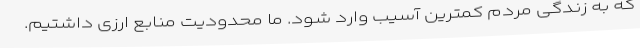
که به زندگی مردم کمترین آسیب وارد شود. ما محدودیت منابع ارزی داشتیم.